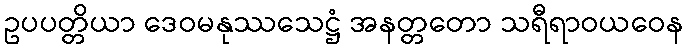
ဥပပတ္တိယာ ဒေဝမနုဿသေဋ္ဌံ အနတ္တတော သရီရာဝယဝေန